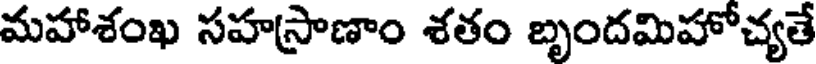
మహాశంఖ సహస్రాణాం శతం బృందమిహోచ్యతే